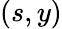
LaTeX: (s,y)